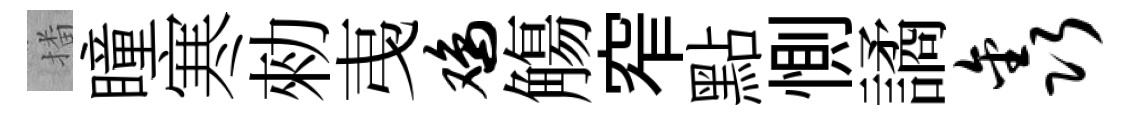
播瞳寒勑𢎯鸡觴窄點惻譎鑫